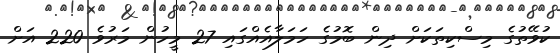
ކުވޭތުގެ މިސްކިތަކަށް ދިން ބޮމުގެ ހަމަލާއެއްގައި 27 މީހުން މަރުވެ 220 އަށް